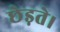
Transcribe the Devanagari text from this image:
छेड़ते।